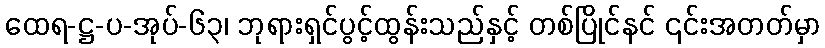
ထေရ-ဋ္ဌ-ပ-အုပ်-၆၃၊ ဘုရားရှင်ပွင့်ထွန်းသည်နှင့် တစ်ပြိုင်နင် ၎င်းအတတ်မှာ